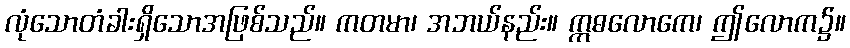
လုံသောတံခါးရှိသောအဖြစ်သည်။ ကတမာ၊ အဘယ်နည်း။ ဣဓလောကေ၊ ဤလောက၌။